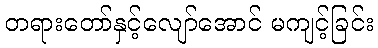
တရားတော်နှင့်လျော်အောင် မကျင့်ခြင်း